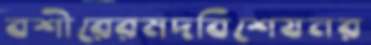
বশীরেরমদবিশেষনর